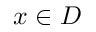
x \in D